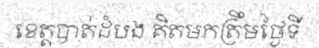
ខេត្តបាត់ដំបង គិតមកត្រឹមថ្ងៃទី